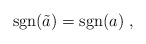
\begin{align*}{\rm sgn}(\tilde{a}) = {\rm sgn}(a) \;,\end{align*}